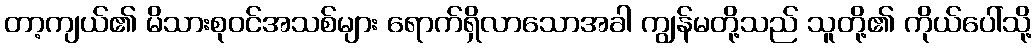
တာ့ကျယ်၏ မိသားစုဝင်အသစ်များ ရောက်ရှိလာသောအခါ ကျွန်မတို့သည် သူတို့၏ ကိုယ်ပေါ်သို့